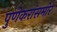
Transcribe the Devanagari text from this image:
पुणेकरांसमोर